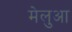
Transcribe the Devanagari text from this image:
मेलुआ